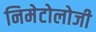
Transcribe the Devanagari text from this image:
निमेटोलोजी